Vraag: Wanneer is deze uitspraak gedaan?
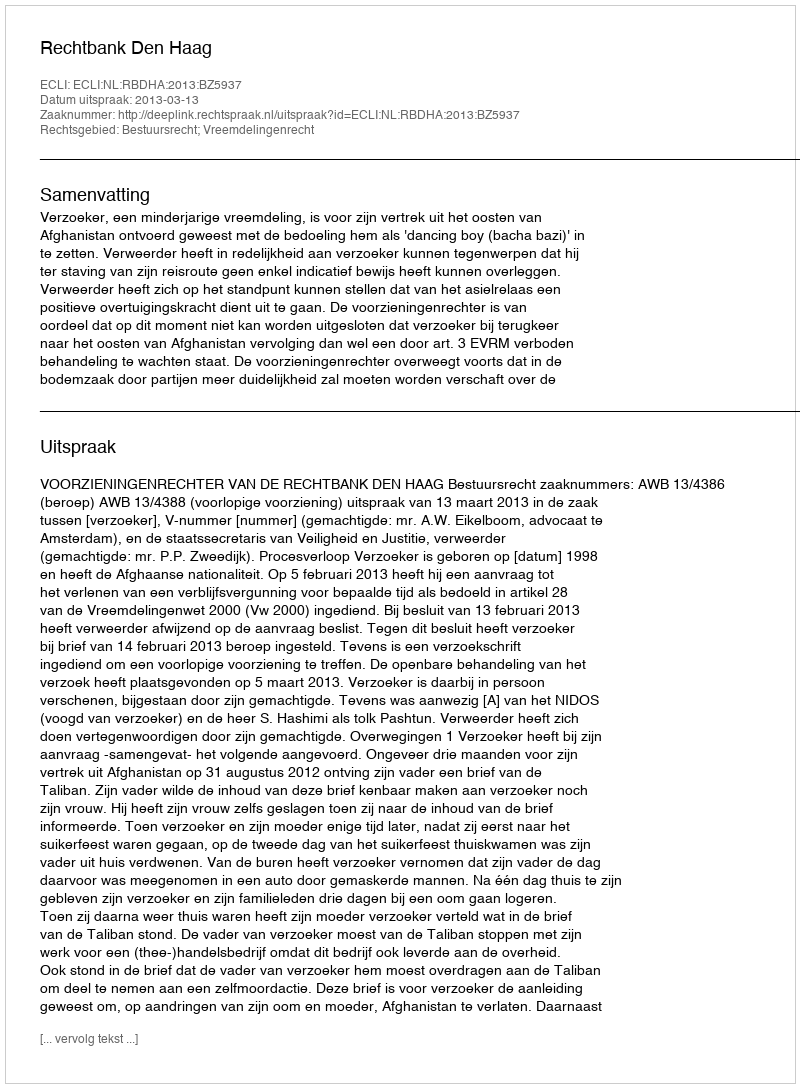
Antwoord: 2013-03-13